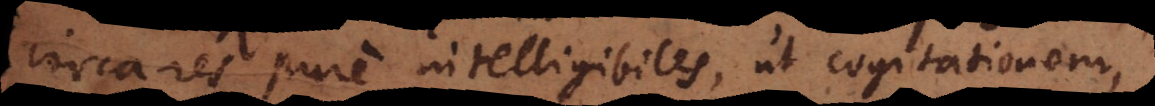
circa res pure intelligibiles, cogitationem,